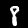
Digit: 8